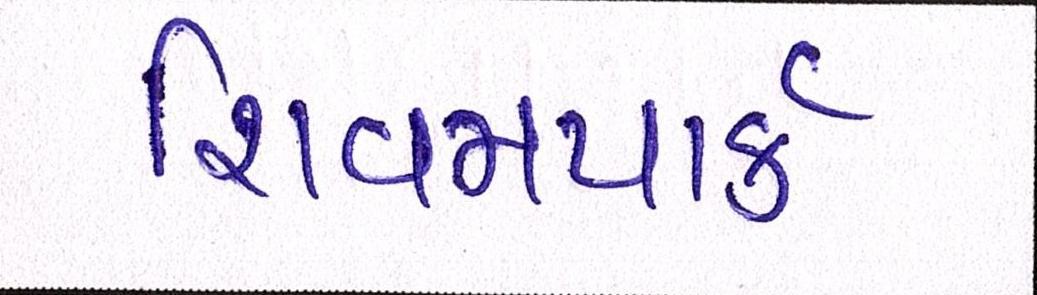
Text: શિવમપાર્ક